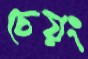
চেয়ং